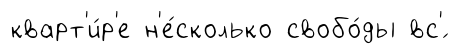
кварт'и́р'е н'е́сколько свобо́ды вс'́